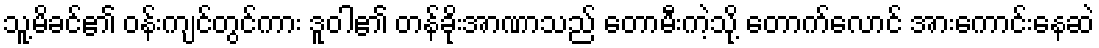
သူ့မိခင်၏ ဝန်းကျင်တွင်ကား ဒူဝါ၏ တန်ခိုးအာဏာသည် တောမီးကဲ့သို့ တောက်လောင် အားကောင်းနေဆဲ